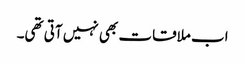
اب ملاقات بھی نہیں آتی تھی۔